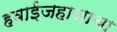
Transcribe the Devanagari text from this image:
हवाईजहाजाचा